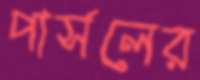
পার্সলের